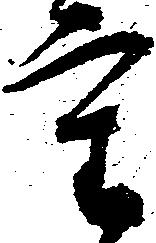
重